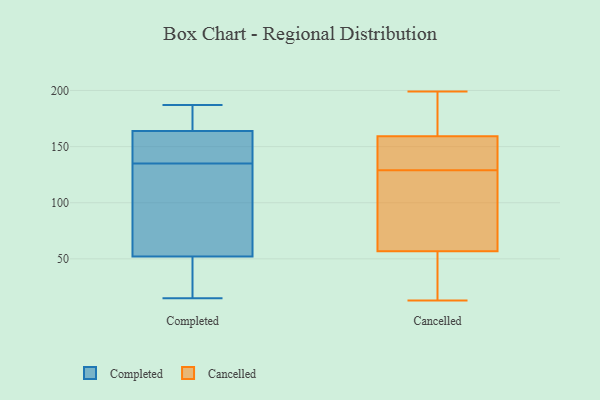
{"axis": {"x": "Shipments", "y": "Value"}, "legend": ["Cancelled", "Completed"], "data": [{"x": "", "y": 15, "type": "Completed"}, {"x": "", "y": 159, "type": "Completed"}, {"x": "", "y": 111, "type": "Completed"}, {"x": "", "y": 187, "type": "Completed"}, {"x": "", "y": 183, "type": "Completed"}, {"x": "", "y": 21, "type": "Completed"}, {"x": "", "y": 149, "type": "Completed"}, {"x": "", "y": 59, "type": "Completed"}, {"x": "", "y": 179, "type": "Completed"}, {"x": "", "y": 135, "type": "Completed"}, {"x": "", "y": 31, "type": "Completed"}, {"x": "", "y": 146, "type": "Completed"}, {"x": "", "y": 72, "type": "Completed"}, {"x": "", "y": 146, "type": "Cancelled"}, {"x": "", "y": 153, "type": "Cancelled"}, {"x": "", "y": 160, "type": "Cancelled"}, {"x": "", "y": 68, "type": "Cancelled"}, {"x": "", "y": 129, "type": "Cancelled"}, {"x": "", "y": 51, "type": "Cancelled"}, {"x": "", "y": 153, "type": "Cancelled"}, {"x": "", "y": 27, "type": "Cancelled"}, {"x": "", "y": 97, "type": "Cancelled"}, {"x": "", "y": 56, "type": "Cancelled"}, {"x": "", "y": 199, "type": "Cancelled"}, {"x": "", "y": 197, "type": "Cancelled"}, {"x": "", "y": 32, "type": "Cancelled"}, {"x": "", "y": 59, "type": "Cancelled"}, {"x": "", "y": 185, "type": "Cancelled"}, {"x": "", "y": 157, "type": "Cancelled"}, {"x": "", "y": 13, "type": "Cancelled"}, {"x": "", "y": 180, "type": "Cancelled"}, {"x": "", "y": 120, "type": "Cancelled"}]}